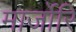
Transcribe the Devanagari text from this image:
मार्जोरि